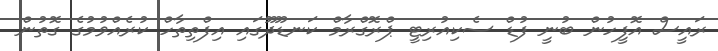
ރައީސް އޮފީހުން ބުނީ ފުޑް ސެކިއުރިޓީ ޕްރޮގްރާމް ކަނޑޫދޫގައި އިފްތިތާހް ކުރެއްވުމުގެ ގޮތުން